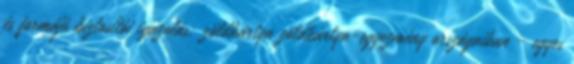
és formájú biztosítói igazolás; zöldkártya zöldkártya-egyezmény országaiban - egyes